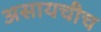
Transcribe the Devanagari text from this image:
असायचीच